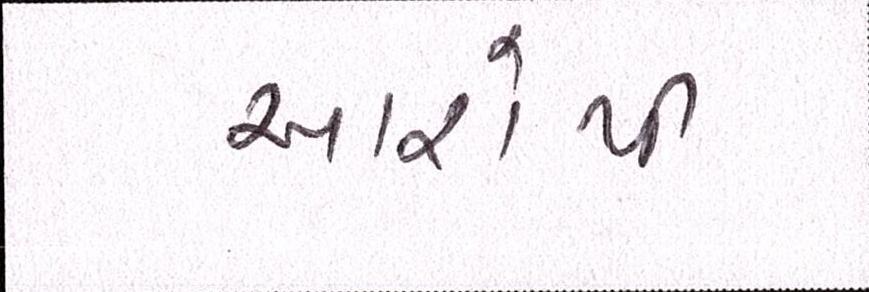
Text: આરોપી